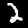
Label: 2